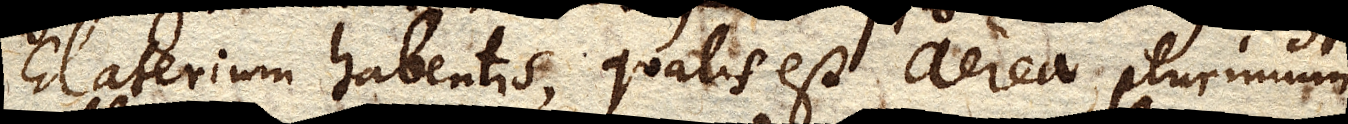
Elaterium habentis, qualis est aerea, plurimum